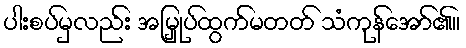
ပါးစပ်မှလည်း အမြှုပ်ထွက်မတတ် သံကုန်အော်၏။